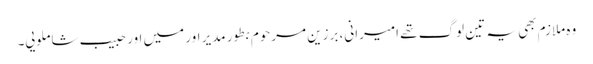
وہ ملازم بھی یہ تین لوگ تھے امیرانی، برزین مرحوم بطور مدیر اور میں اور حبیب شاملویی۔